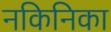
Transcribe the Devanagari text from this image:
नकिनिका